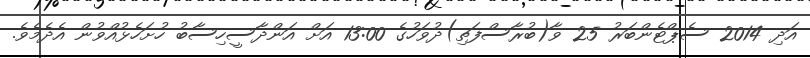
އަދި 2014 ސެޕްޓެންބަރުު 25 ވާ(ބުރާސްފަތި)ދުވަހުގެ 13:00 އަށް އަންދާސީހިސާބު ހުށަހެޅުއްވުން އެދެމެވެ.